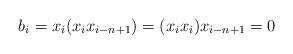
LaTeX: \begin{align*} b_i = x_i(x_ix_{i-n+1}) = (x_ix_i)x_{i-n+1} = 0 \end{align*}